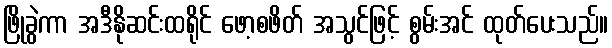
ဖြိုခွဲကာ အဒီနိုဆင်းထရိုင် ဖော့စဖိတ် အသွင်ဖြင့် စွမ်းအင် ထုတ်ပေးသည်။